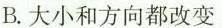
B.大小和方向都改变